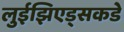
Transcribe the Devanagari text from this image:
लुईझिएड्सकडे